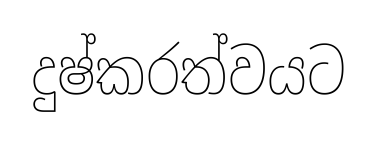
දුෂ්කරත්වයට